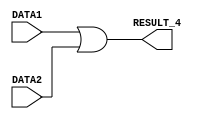
// group 22-part1
// Or module

`timescale 1ns/100ps

module OR(DATA1,DATA2,RESULT_4); //module for OR functional unit - or instruction supported

	//input and output ports declaration - 8 bits used for each one
	input [7:0] DATA1,DATA2;
	output [7:0] RESULT_4;	

	assign #1 RESULT_4 = DATA1 | DATA2; //operation happens after 1 time unit delay

endmodule